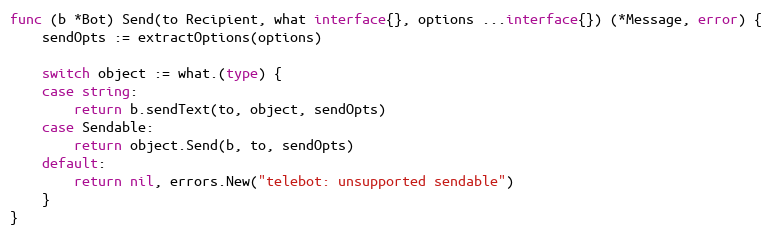
Language: Go
func (b *Bot) Send(to Recipient, what interface{}, options ...interface{}) (*Message, error) {
	sendOpts := extractOptions(options)

	switch object := what.(type) {
	case string:
		return b.sendText(to, object, sendOpts)
	case Sendable:
		return object.Send(b, to, sendOpts)
	default:
		return nil, errors.New("telebot: unsupported sendable")
	}
}